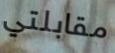
مقابلتي